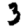
Digit: 3